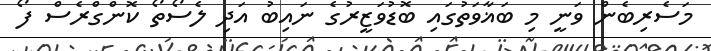
މަސެރިބެން ވަނީ މި ބަޣާވަތުގައި ބޮޑުވަޒީރުގެ ނައިބު އަދި ލެސޯތޯ ކޮންގްރެސް ފޯ